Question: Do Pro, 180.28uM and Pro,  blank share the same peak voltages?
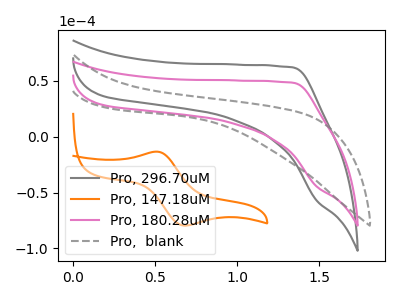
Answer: <think>The gray curve "Pro, 296.70uM" has no peaks. The orange curve "Pro, 147.18uM" has an anodic peak at (0.50V, -13.30uA) and a cathodic peak at (0.70V, -79.55uA). The pink curve "Pro, 180.28uM" has no peaks. The gray dashed curve "Pro,  blank" has no peaks.</think>
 <answer>Niether CV has any peaks.</answer>
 <eval>blanks</eval>